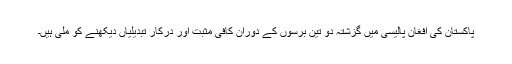
پاکستان کی افغان پالیسی میں گزشتہ دو تین برسوں کے دوران کافی مثبت اور درکار تبدیلیاں دیکھنے کو ملی ہیں۔